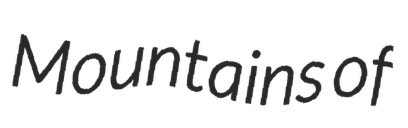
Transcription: Mountains of